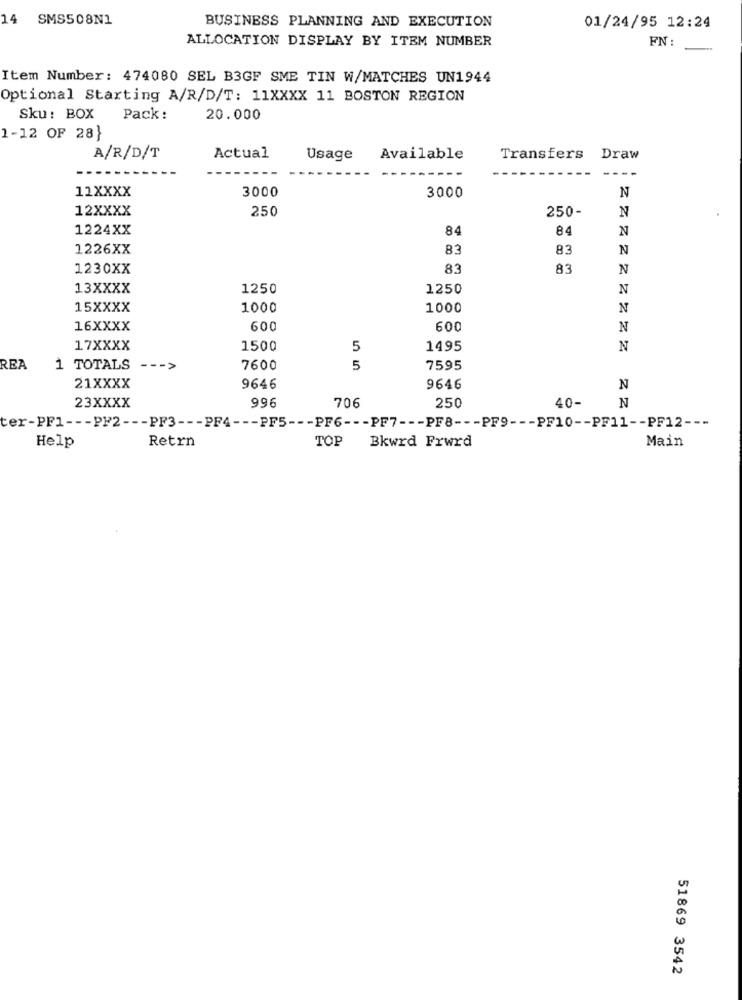
14 SMS508N1
BUSINESS PLANNING AND EXECUTION
01/24/95 12:24
ALLOCATION DISPLAY BY ITEM NUMBER
FN :
Item Number: 474080 SEL B3GF SME TIN W/MATCHES UN1944
Optional Starting A/R/D/T: 11XXXX 11 BOSTON REGION
Sku: BOX
Pack:
20.000
1-12 OF 28}
A/R/D/T
Actual
Usage
Available
Transfers
Draw
- -
11XXXX
3000
N
3000
12XXXX
250
250-
N
1224XX
84
84
N
1226XX
83
83
N
1230XX
83
83
N
13XXXX
1250
1250
N
15XXXX
1000
1000
N
16XXXX
600
600
N
17XXXX
1500
5
1495
N
REA
1 TOTALS --- >
7600
5
7595
21XXXX
9646
9646
N
23XXXX
996
N
706
250
40-
ter-PF1 --- PF2 --- PF3 --- PF4 --- PF5 --- PF6 --- PF7 --- PF8 --- PF9 --- PF10 -- PF11 -- PF12 ---
Retrn
TOP
Bkwrd Frwrd
Main
Help
51869 3542